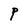
Character: P